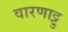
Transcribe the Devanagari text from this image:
वारणाट्टु